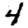
Digit: 4